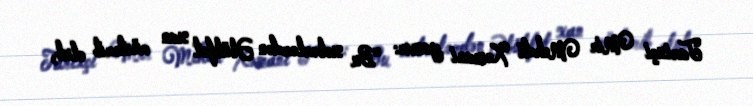
Tarixçi Mir Mehdi Xəzani yazır: "Bu xəbərlərdən Əbülfət xan müstərib olub,